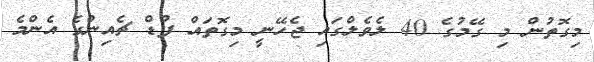
މިގޮތުން މި ގޭމުގެ 40 ލެވެލްގައި ޖެހޭނީ މިގޮތައް ފުޑް ޗެއިންގެ އެންމެ